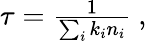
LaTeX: \begin{array}{r}{\tau=\frac{1}{\sum_{i}k_{i}n_{i}}~,}\end{array}